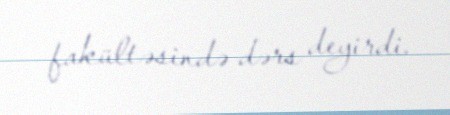
fakültəsində dərs deyirdi.